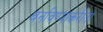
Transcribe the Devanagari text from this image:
बनविण्याकरीता